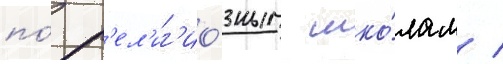
по́ р'ел'иг'ио́зным шко́лам /